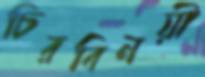
চিরবিনয়ী